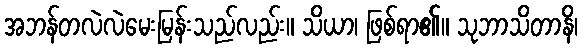
အဘန်တလဲလဲမေးမြန်းသည်လည်း။ သိယာ၊ ဖြစ်ရာ၏။ သုဘာသိတာနိ၊